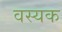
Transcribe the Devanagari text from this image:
वस्यक